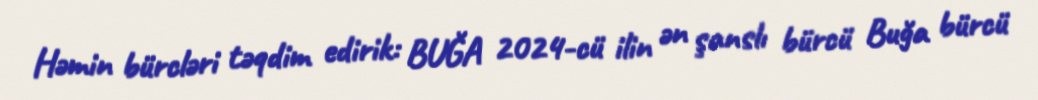
Həmin bürcləri təqdim edirik: BUĞA 2024-cü ilin ən şanslı bürcü Buğa bürcü